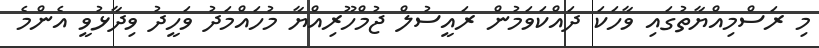
މި ރަސްމިއްޔާތުގައި ވާހަކަ ދައްކަވަމުން ރައީސުލް ޖުމްހޫރިއްޔާ މުހައްމަދު ވަހީދު ވިދާޅުވީ އެންމެ